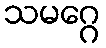
သမဂ္ဂေ